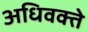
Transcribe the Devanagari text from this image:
अधिवक्ते